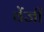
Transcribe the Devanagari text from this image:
वेंजी